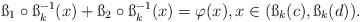
LaTeX: \begin{align*}\ss_1\circ \ss_k^{-1}(x)+\ss_2\circ \ss_k^{-1}(x)=\varphi(x), x\in (\ss_k(c),\ss_k(d)). \end{align*}